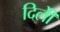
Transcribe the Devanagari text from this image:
दिलीे